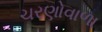
ચરણોવાળા